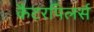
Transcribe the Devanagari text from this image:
कैटरपिलर्स